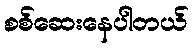
စစ်ဆေးနေပါတယ်